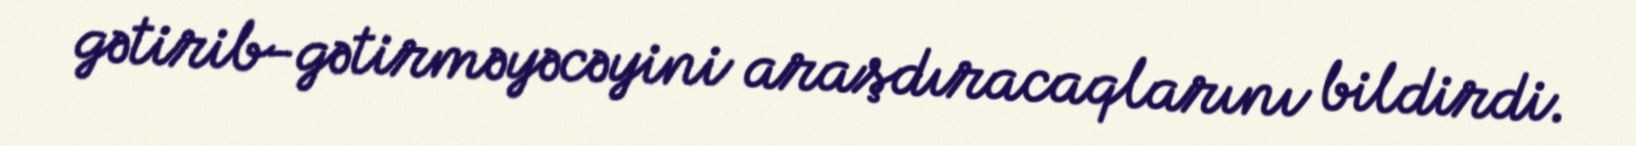
gətirib-gətirməyəcəyini araşdıracaqlarını bildirdi.